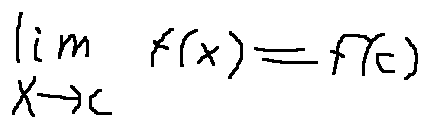
\lim \limits _ { x \rightarrow c } f ( x ) = f ( c )